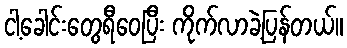
ငါ့ခေါင်းတွေရီဝေပြီး ကိုက်လာခဲ့ပြန်တယ်။